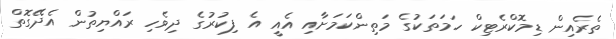
ތެރެއިން ޑިމޮކްރެޓިކް ހަމަތަކުގެ މަތިންކަމަށާއި އެއީ އެ ފިކުރުގެ ދިވެހި ރައްޔިތުން އެދޭގޮތް